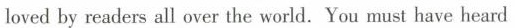
loved by readers all over the world.You must have heard